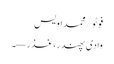
فوٹو/محمد اویس
وادی پھندر، غذر—۔